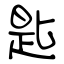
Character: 匙